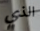
الذي